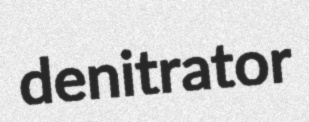
denitrator